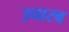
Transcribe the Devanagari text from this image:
उचारब